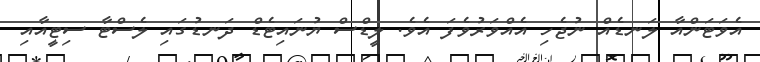
އެވަޓަންއާ ލަނޑެއް ނުޖެހި އެއްވަރުވެފަ އެވެ. ލީޑްސް ޔުނައިޓެޑް ދަނޑުގައި ލެސްޓާ ސިޓީއާއި